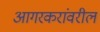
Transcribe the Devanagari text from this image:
आगरकरांवरील